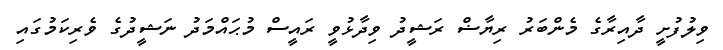
ވިލުފުށީ ދާއިރާގެ މެންބަރު ރިޔާޟް ރަޝީދު ވިދާޅުވީ ރައީސް މުޙައްމަދު ނަޝީދުގެ ވެރިކަމުގައި